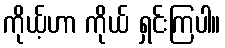
ကိုယ့်ဟာ ကိုယ် ရှင်းကြပါ။